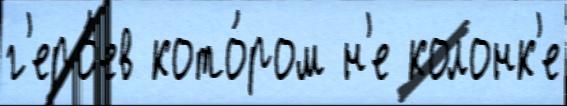
г'еро́ев кото́ром н'е колонк'е